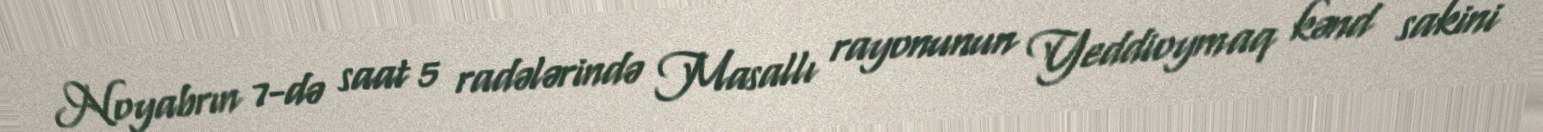
Noyabrın 7-də saat 5 radələrində Masallı rayonunun Yeddioymaq kənd sakini